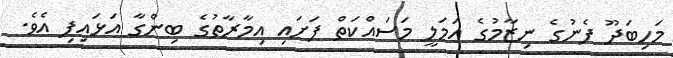
މަހިބަދޫ ފެނުގެ ނިޒާމުގެ އަމަލީ މަސައްކަތް ފަށައި އިމާރާތުގެ ބިންގާ އަޅައިފި އެވެ.